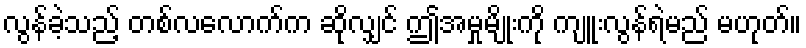
လွန်ခဲ့သည့် တစ်လလောက်က ဆိုလျှင် ဤအမှုမျိုးကို ကျူးလွန်ရဲမည် မဟုတ်။